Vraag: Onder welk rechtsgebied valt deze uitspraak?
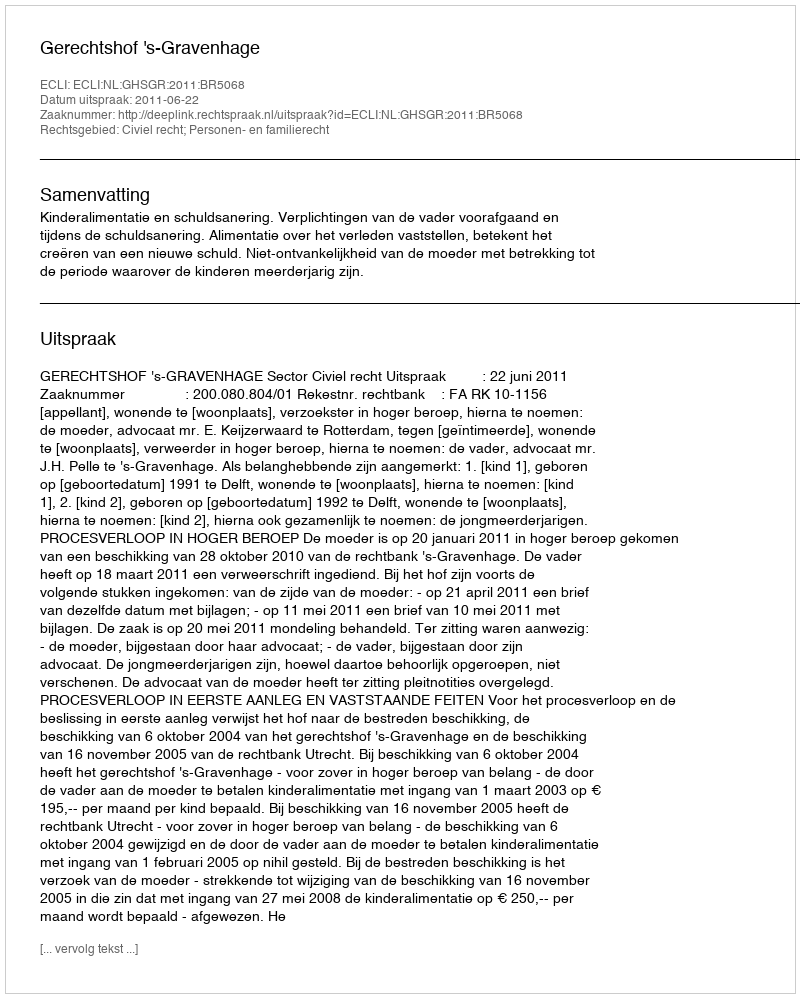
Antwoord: Civiel recht; Personen- en familierecht